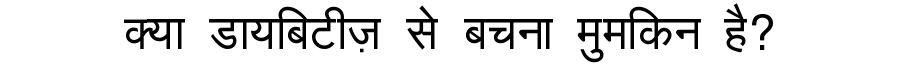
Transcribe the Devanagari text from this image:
क्या डायबिटीज़ से बचना मुमकिन है?